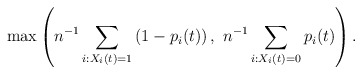
\begin{align*} \max \left( n^{-1} \sum_{i: X_{i}(t) = 1} \left(1 - p_{i}(t)\right),\ n^{-1} \sum_{i: X_{i}(t) = 0} p_i(t) \right). \end{align*}